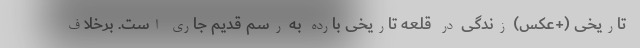
تاریخی (+عکس) زندگی در قلعه تاریخی بارده به رسم قدیم جاری است. برخلاف